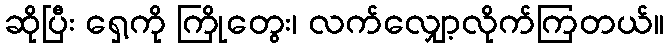
ဆိုပြီး ရှေ့ကို ကြိုတွေး၊ လက်လျှော့လိုက်ကြတယ်။